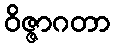
ဝိဇ္ဇာဂတာ